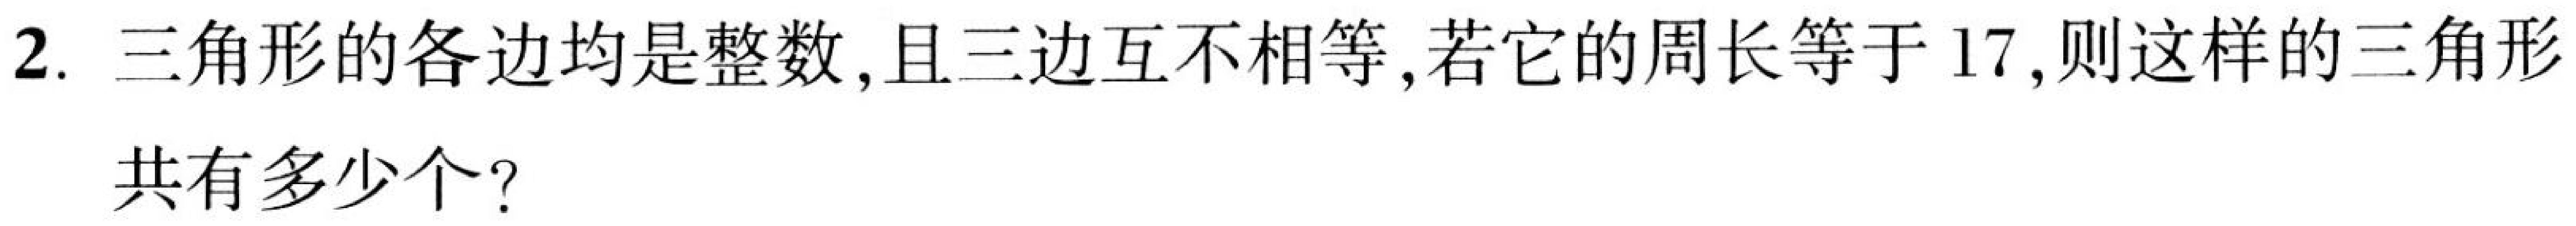
2. 三角形的各边均是整数，且三边互不相等，若它的周长等于\(17\)，则这样的三角形
共有多少个？